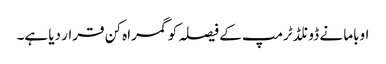
اوباما نے ڈونلڈ ٹرمپ کے فیصلہ کو گمراہ کن قرار دیا ہے۔